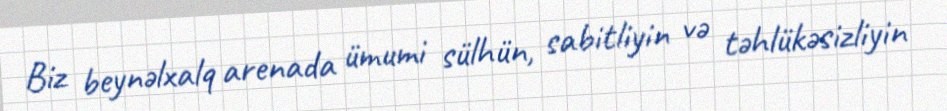
Biz beynəlxalq arenada ümumi sülhün, sabitliyin və təhlükəsizliyin